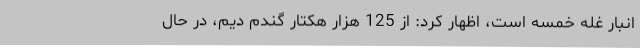
انبار غله خمسه است، اظهار کرد: از 125 هزار هکتار گندم دیم، در حال